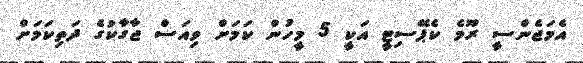
އެމަޖެންސީ ރޫމެ ކެޕޭސިޓީ އަކީ 5 މީހުން ކަމަށް ވިއަސް ޖާގާކުގެ ދަތިކަމަށް